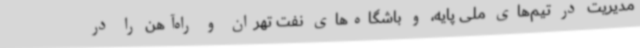
مدیریت در تیم‌های ملی پایه، و باشگاه‌های نفت تهران و راه‌آهن را در